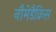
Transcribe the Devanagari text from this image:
नौमेडैक्रिस